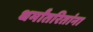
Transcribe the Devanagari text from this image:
धर्मांतरितांना